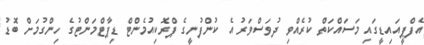
އެފްޕީއައިޑީގައި މަސައްކަތް ކުރެއްވި ދުވަސްވަރު އެ ކުންފުނީގެ ޕްރޮކިއުމެންޓް ޑިޕާޓްމަންޓުގެ ހިންގުމަށް ބޮޑު